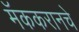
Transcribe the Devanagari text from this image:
मॅककरानचे